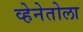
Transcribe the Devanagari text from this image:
व्हेनेतोला